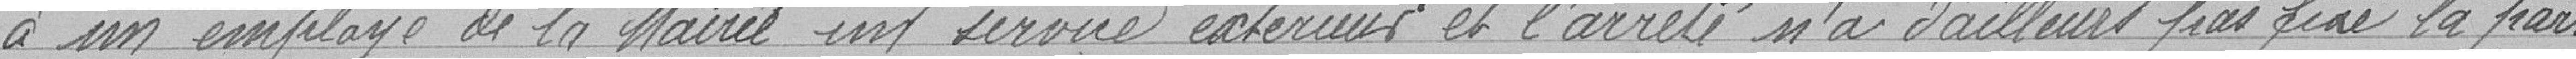
à un employé de la Mairie un service extérieur et l'arrêté n'a d'ailleurs pas fixé la part